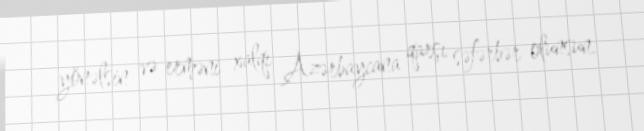
yönəlsin və erməni xalqı Azərbaycana qarşı səfərbər olunsun.